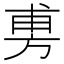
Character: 旉